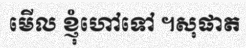
មើល ខ្ញុំហៅទៅ ។សុផាត